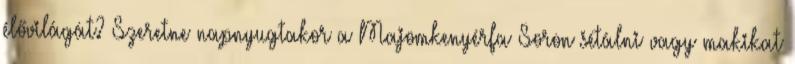
élővilágát? Szeretne napnyugtakor a Majomkenyérfa Soron sétálni vagy makikat